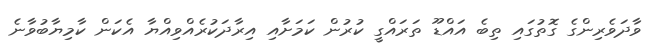
ވާދަވެރިންގެ ގޮތުގައި ތިބެ އައްޑޫ ތަރައްގީ ކުރުން ކަމަށާއި އިރާދަކުރެއްވިއްޔާ އެކަން ކާމިޔާބުވާނެ